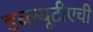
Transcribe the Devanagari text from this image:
डब्ल्यूटीएची